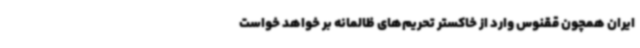
ایران همچون ققنوس وارد از خاکستر تحریم‌های ظالمانه بر خواهد خواست